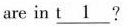
are in t\underline{1} ?